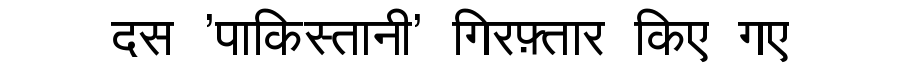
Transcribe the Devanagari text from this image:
दस 'पाकिस्तानी' गिरफ़्तार किए गए